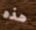
هذه